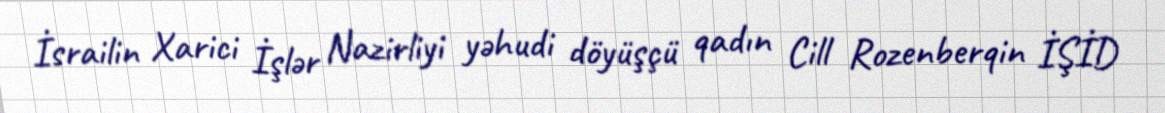
İsrailin Xarici İşlər Nazirliyi yəhudi döyüşçü qadın Cill Rozenberqin İŞİD